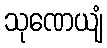
သုဏေယျံ